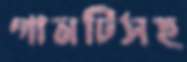
গানটিসহ